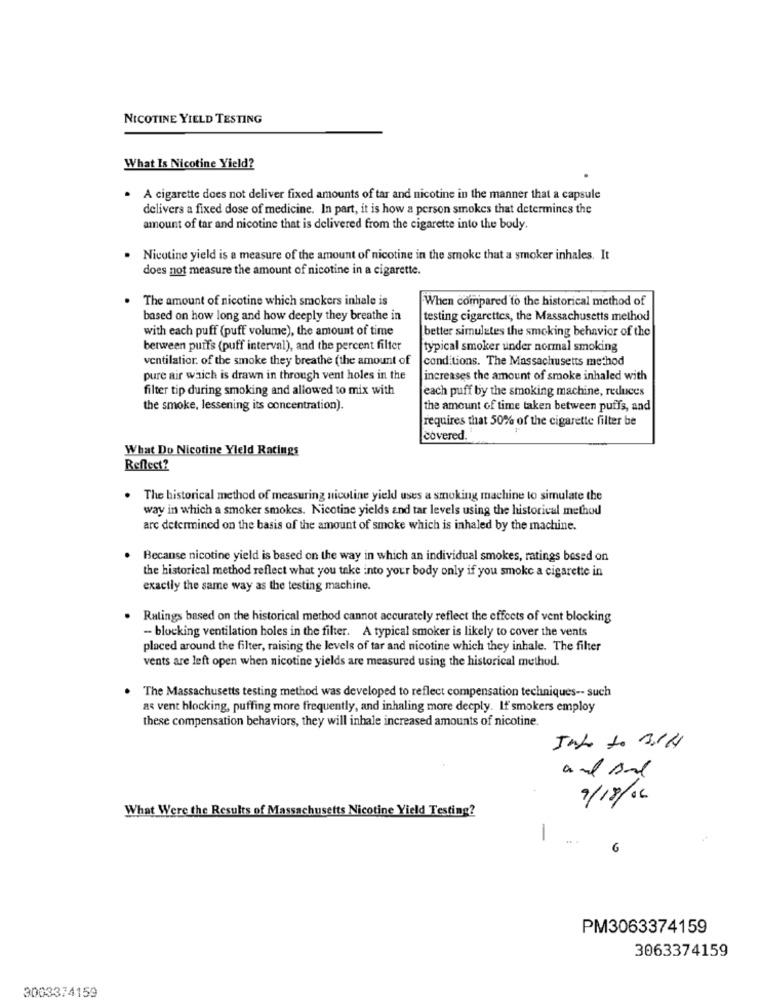
NICOTINE YIELD TESTING
What Is Nicotine Yield?
A cigarette does not deliver fixed amounts of tar and nicotine in the manner that a capsule
delivers a fixed dose of medicine. In part, it is how a person smokes that determines the
amount of tar and nicotine that is delivered from the cigarette into the body.
. Nicotine yield is a measure of the amount of nicotine in the smoke that a smoker inhales. It
does not measure the amount of nicotine in a cigarette.
. The amount of nicotine which smokers inhale is
When compared to the historical method of
based on how long and how deeply they breathe in
testing cigarettes, the Massachusetts method
with each puff (puff volume), the amount of time
better simulates the smoking behavior of the
between puffs (puff interval), and the percent filter
typical smoker under normal smoking
ventilatior. of the smoke they breathe (the amount of
conditions. The Massachusetts method
pure air which is drawn in through vent holes in the
increases the amount of smoke inhaled with
filter tip during smoking and allowed to mix with
each puff by the smoking machine, reduces
the smoke, lessening its concentration).
the amount of time taken between puffs, and
requires that 50% of the cigarette filter be
covered.
What Do Nicotine Yield Ratings
Reflect?
. The historical method of measuring nicoline yield uses a smoking machine to simulate the
way in which a smoker smokes. Nicotine yields and tar levels using the historical method
arc determined on the basis of the amount of smoke which is inhaled by the machine.
Because nicotine yield is based on the way in which an individual smokes, ratings based on
the historical method reflect what you take into your body only if you smoke a cigarette in
exactly the same way as the testing machine.
. Ratings based on the historical method cannot accurately reflect the effects of vent blocking
- blocking ventilation holes in the filter. A typical smoker is likely to cover the vents
placed around the filter, raising the levels of tar and nicotine which they inhale. The filter
vents are left open when nicotine yields are measured using the historical method.
The Massachusetts testing method was developed to reflect compensation techniques -- such
as vent blocking, puffing more frequently, and inhaling more deeply. If smokers employ
these compensation behaviors, they will inhale increased amounts of nicotine.
9/18/06
What Were the Results of Massachusetts Nicotine Yield Testing?
-
6
PM3063374159
3063374159
3003374159